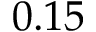
0 . 1 5